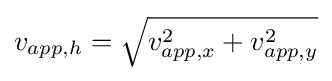
v_{app,h}={\sqrt {v_{app,x}^{2}+v_{app,y}^{2}}}